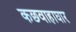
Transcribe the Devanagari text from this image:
कछवाहाघार